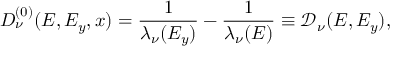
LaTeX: D _ { \nu } ^ { ( 0 ) } ( E , E _ { y } , x ) = \frac { 1 } { \lambda _ { \nu } ( E _ { y } ) } - \frac { 1 } { \lambda _ { \nu } ( E ) } \equiv \mathcal { D } _ { \nu } ( E , E _ { y } ) ,